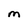
Character: M